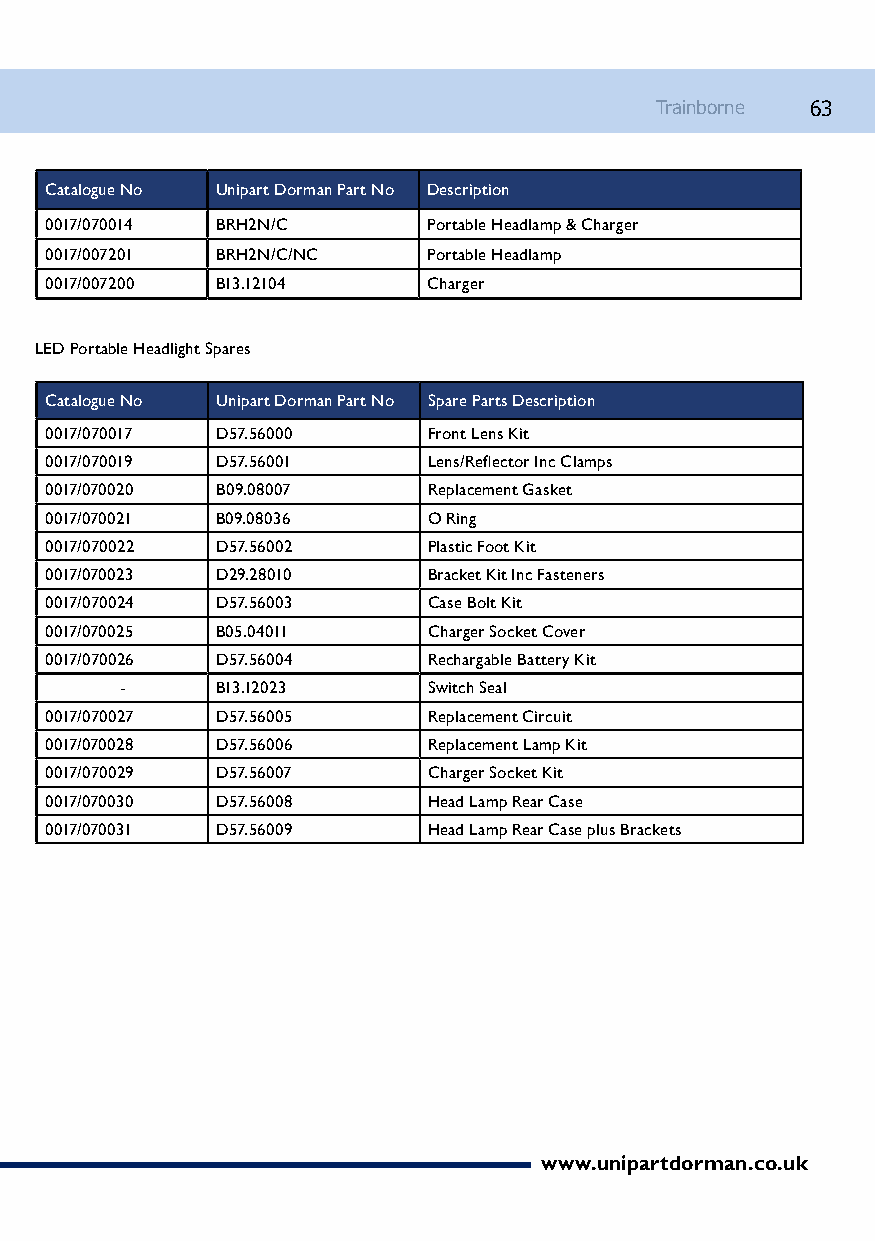
Trainborne 63
 Catalogue No Unipart Dorman Part No Description
 0017/070014 BRH2N/C      Portable Headlamp & Charger
 0017/007201 BRH2N/C/NC   Portable Headlamp
 0017/007200 B13.12104    Charger
 LED Portable Headlight Spares
 Catalogue No Unipart Dorman Part No Spare Parts Description
 0017/070017 D57.56000    Front Lens Kit
 0017/070019 D57.56001    Lens/Reflector Inc Clamps
 0017/070020 B09.08007    Replacement Gasket
 0017/070021 B09.08036    O Ring
 0017/070022 D57.56002    Plastic Foot Kit
 0017/070023 D29.28010    Bracket Kit Inc Fasteners
 0017/070024 D57.56003    Case Bolt Kit
 0017/070025 B05.04011    Charger Socket Cover
 0017/070026 D57.56004    Rechargable Battery Kit
 -     B13.12023     Switch Seal
 0017/070027 D57.56005    Replacement Circuit
 0017/070028 D57.56006    Replacement Lamp Kit
 0017/070029 D57.56007    Charger Socket Kit
 0017/070030 D57.56008    Head Lamp Rear Case
 0017/070031 D57.56009    Head Lamp Rear Case plus Brackets
 www.unipartdorman.co.uk